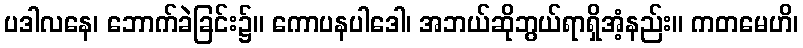
ပဒါလနေ၊ ဘောက်ခဲခြင်း၌။ ကောပနပါဒေါ၊ အဘယ်ဆိုဘွယ်ရာရှိအံ့နည်း။ ကတမေဟိ၊